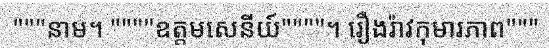
"""នាម។ """"ឧត្តមសេនីយ៍""""។ រឿងរ៉ាវកុមារភាព"""